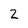
Character: 2